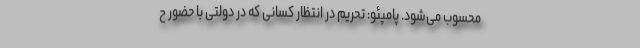
محسوب می‌شود. پامپئو: تحریم در انتظار کسانی که در دولتی با حضور ح